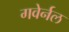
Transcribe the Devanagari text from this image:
गवेर्नल